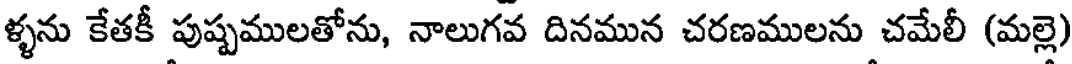
ళ్ళను కేతకీ పుష్పములతోను, నాలుగవ దినమున చరణములను చమేలీ (మల్లె)